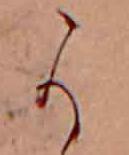
か